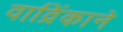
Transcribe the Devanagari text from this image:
वाव्रिंकाने